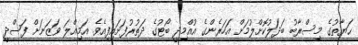
ޙަޔާތުގެ މިސްރާބު ބަދަލުކޮށްލުމަށް އަހަރެންގެ އުއްމިދީ ބޯޓުގެ ދަތުރުފަށައިފިއެވެ. އަމިއްލަ ވަޒަނަށް ފަސްދީ